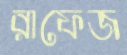
রাফেজ